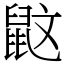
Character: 鼤